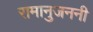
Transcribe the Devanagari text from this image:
रामानुजननी